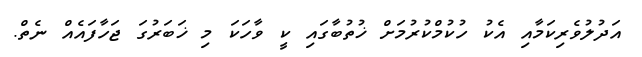
އަދުލުވެރިކަމާއި އެކު ހުކުމްކުރުމަށް ޚުތުބާގައި ކީ ވާހަކަ މި ޚަބަރުގަ ޖަހާފައެއް ނެތް.